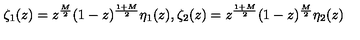
\zeta _ { 1 } ( z ) = z ^ { \frac { M } { 2 } } ( 1 - z ) ^ { \frac { 1 + M } { 2 } } \eta _ { 1 } ( z ) , \zeta _ { 2 } ( z ) = z ^ { \frac { 1 + M } { 2 } } ( 1 - z ) ^ { \frac { M } { 2 } } \eta _ { 2 } ( z )